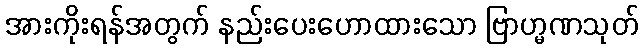
အားကိုးရန်အတွက် နည်းပေးဟောထားသော ဗြာဟ္မဏသုတ်